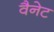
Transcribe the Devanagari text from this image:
वैनेट